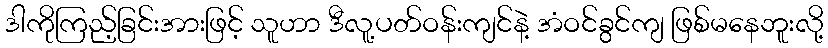
ဒါကိုကြည့်ခြင်းအားဖြင့် သူဟာ ဒီလူ့ပတ်ဝန်းကျင်နဲ့ အံဝင်ခွင်ကျ ဖြစ်မနေဘူးလို့